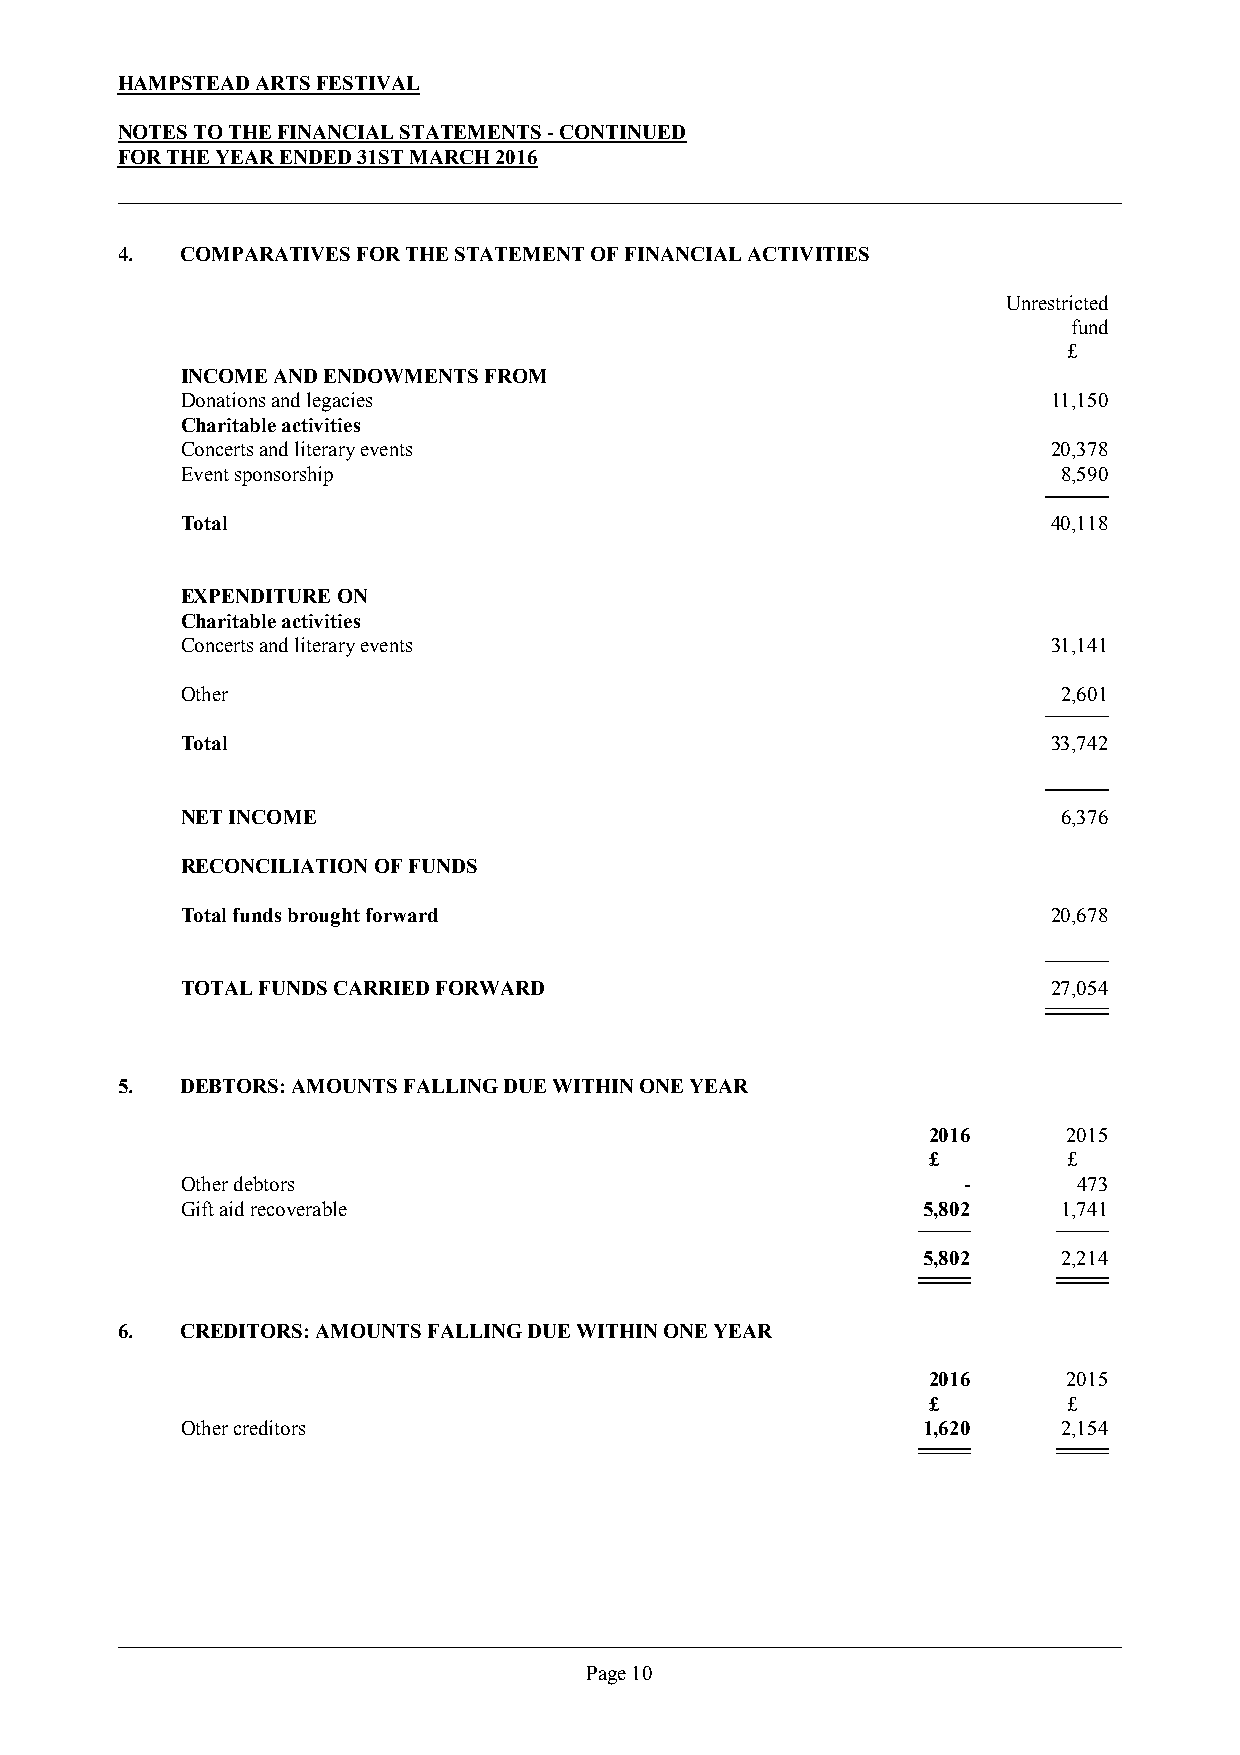
HAMPSTEAD ARTS FESTIVAL
 NOTES TO THE FINANCIAL STATEMENTS - CONTINUED
 FOR THE YEAR ENDED 31ST MARCH 2016
 4.  COMPARATIVES FOR THE STATEMENT OF FINANCIAL ACTIVITIES
 Unrestricted
 fund
 £
 INCOME AND ENDOWMENTS FROM
 Donations and legacies                                    11,150
 Charitable activities
 Concerts and literary events                              20,378
 Event sponsorship                                         8,590
 Total                                                     40,118
 EXPENDITURE ON
 Charitable activities
 Concerts and literary events                              31,141
 Other                                                     2,601
 Total                                                     33,742
 NET INCOME                                                6,376
 RECONCILIATION OF FUNDS
 Total funds brought forward                               20,678
 TOTAL FUNDS CARRIED FORWARD                               27,054
 5.  DEBTORS: AMOUNTS FALLING DUE WITHIN ONE YEAR
 2016      2015
 £         £
 Other debtors                                       -      473
 Gift aid recoverable                             5,802    1,741
 5,802    2,214
 6.  CREDITORS: AMOUNTS FALLING DUE WITHIN ONE YEAR
 2016      2015
 £         £
 Other creditors                                  1,620    2,154
 Page 10